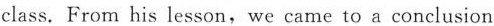
class. From his lesson, we came to a conclusion